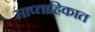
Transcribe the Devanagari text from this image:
साप्‍ताहिकात